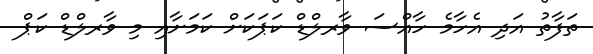
ތަފާތު އަދި އެހާމެ ހާއްސަ ވާރލްޑް ކަޕަކަށް ކަމަށާއި މި ވާރލްޑް ކަޕް